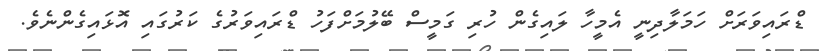
ޑްރައިވަރަށް ހަމަލާދިނީ އެމީހާ ލައިގެން ހުރި ގަމީސް ބޭލުމަށްފަހު ޑްރައިވަރުގެ ކަރުގައި އޮޅައިގެންނެވެ.